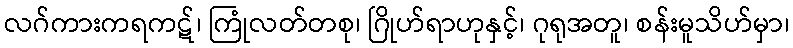
လဂ်ကားကရကဋ်၊ ကြုံလတ်တစု၊ ဂြိုဟ်ရာဟုနှင့်၊ ဂုရုအတူ၊ စန်းမူသိဟ်မှာ၊